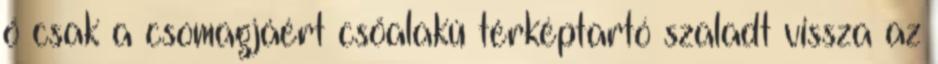
ő csak a csomagjáért csőalakú térképtartó szaladt vissza az